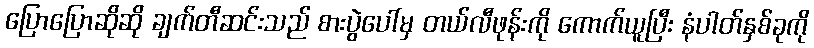
ပြောပြောဆိုဆို ချက်တီဆင်းသည် စားပွဲပေါ်မှ တယ်လီဖုန်းကို ကောက်ယူပြီး နံပါတ်နှစ်ခုကို